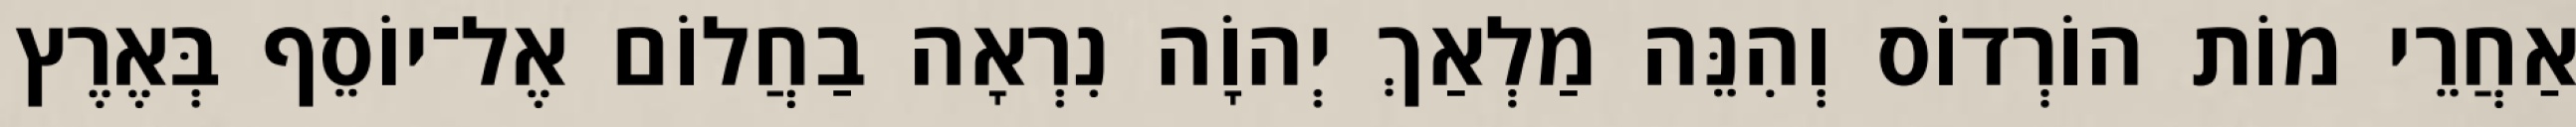
אַחֲרֵי מוֹת הוֹרְדוֹס וְהִנֵּה מַלְאַךְ יְהוָֹה נִרְאָה בַחֲלוֹם אֶל־יוֹסֵף בְּאֶרֶץ